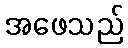
အဖေသည်